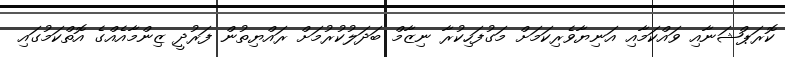
ކޮރަޕްޝަނާއި ވައްކަަމާއި އަނިޔާވެރިކަމަށް މަގުފަހިކުރާ ނިޒާމް ބަދަލުކުރުމަށް ރައްޔިތުން ފަރުދީ ޒިންމާއެއްގެ އޮތްކަމުގައި